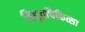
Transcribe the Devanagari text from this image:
विद्युतचिकित्सा